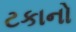
ટકાનો